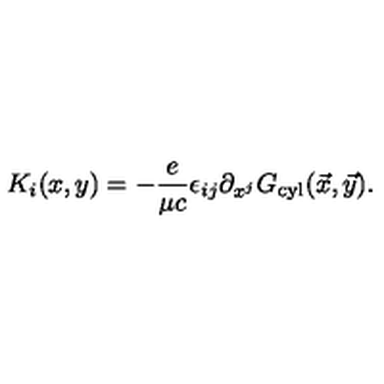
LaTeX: K _ { i } ( x , y ) = - { \frac { e } { \mu c } } \epsilon _ { i j } \partial _ { x ^ { j } } G _ { \mathrm { c y l } } ( \vec { x } , \vec { y } ) .